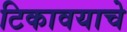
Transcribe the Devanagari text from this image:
टिकावयाचे